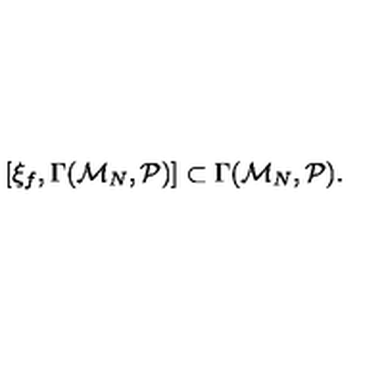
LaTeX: [ \xi _ { f } , \Gamma ( { \cal M } _ { N } , { \cal P } ) ] \subset \Gamma ( { \cal M } _ { N } , { \cal P } ) .